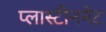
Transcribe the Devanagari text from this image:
प्लास्टीननेट